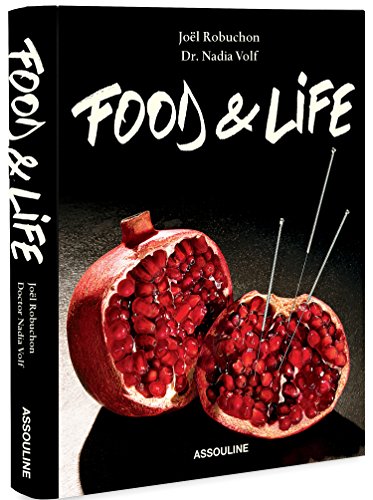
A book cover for Joel Robuchon Food and Life; Nadia Volf; Cookbooks, Food & Wine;